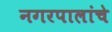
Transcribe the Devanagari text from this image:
नगरपालांचे